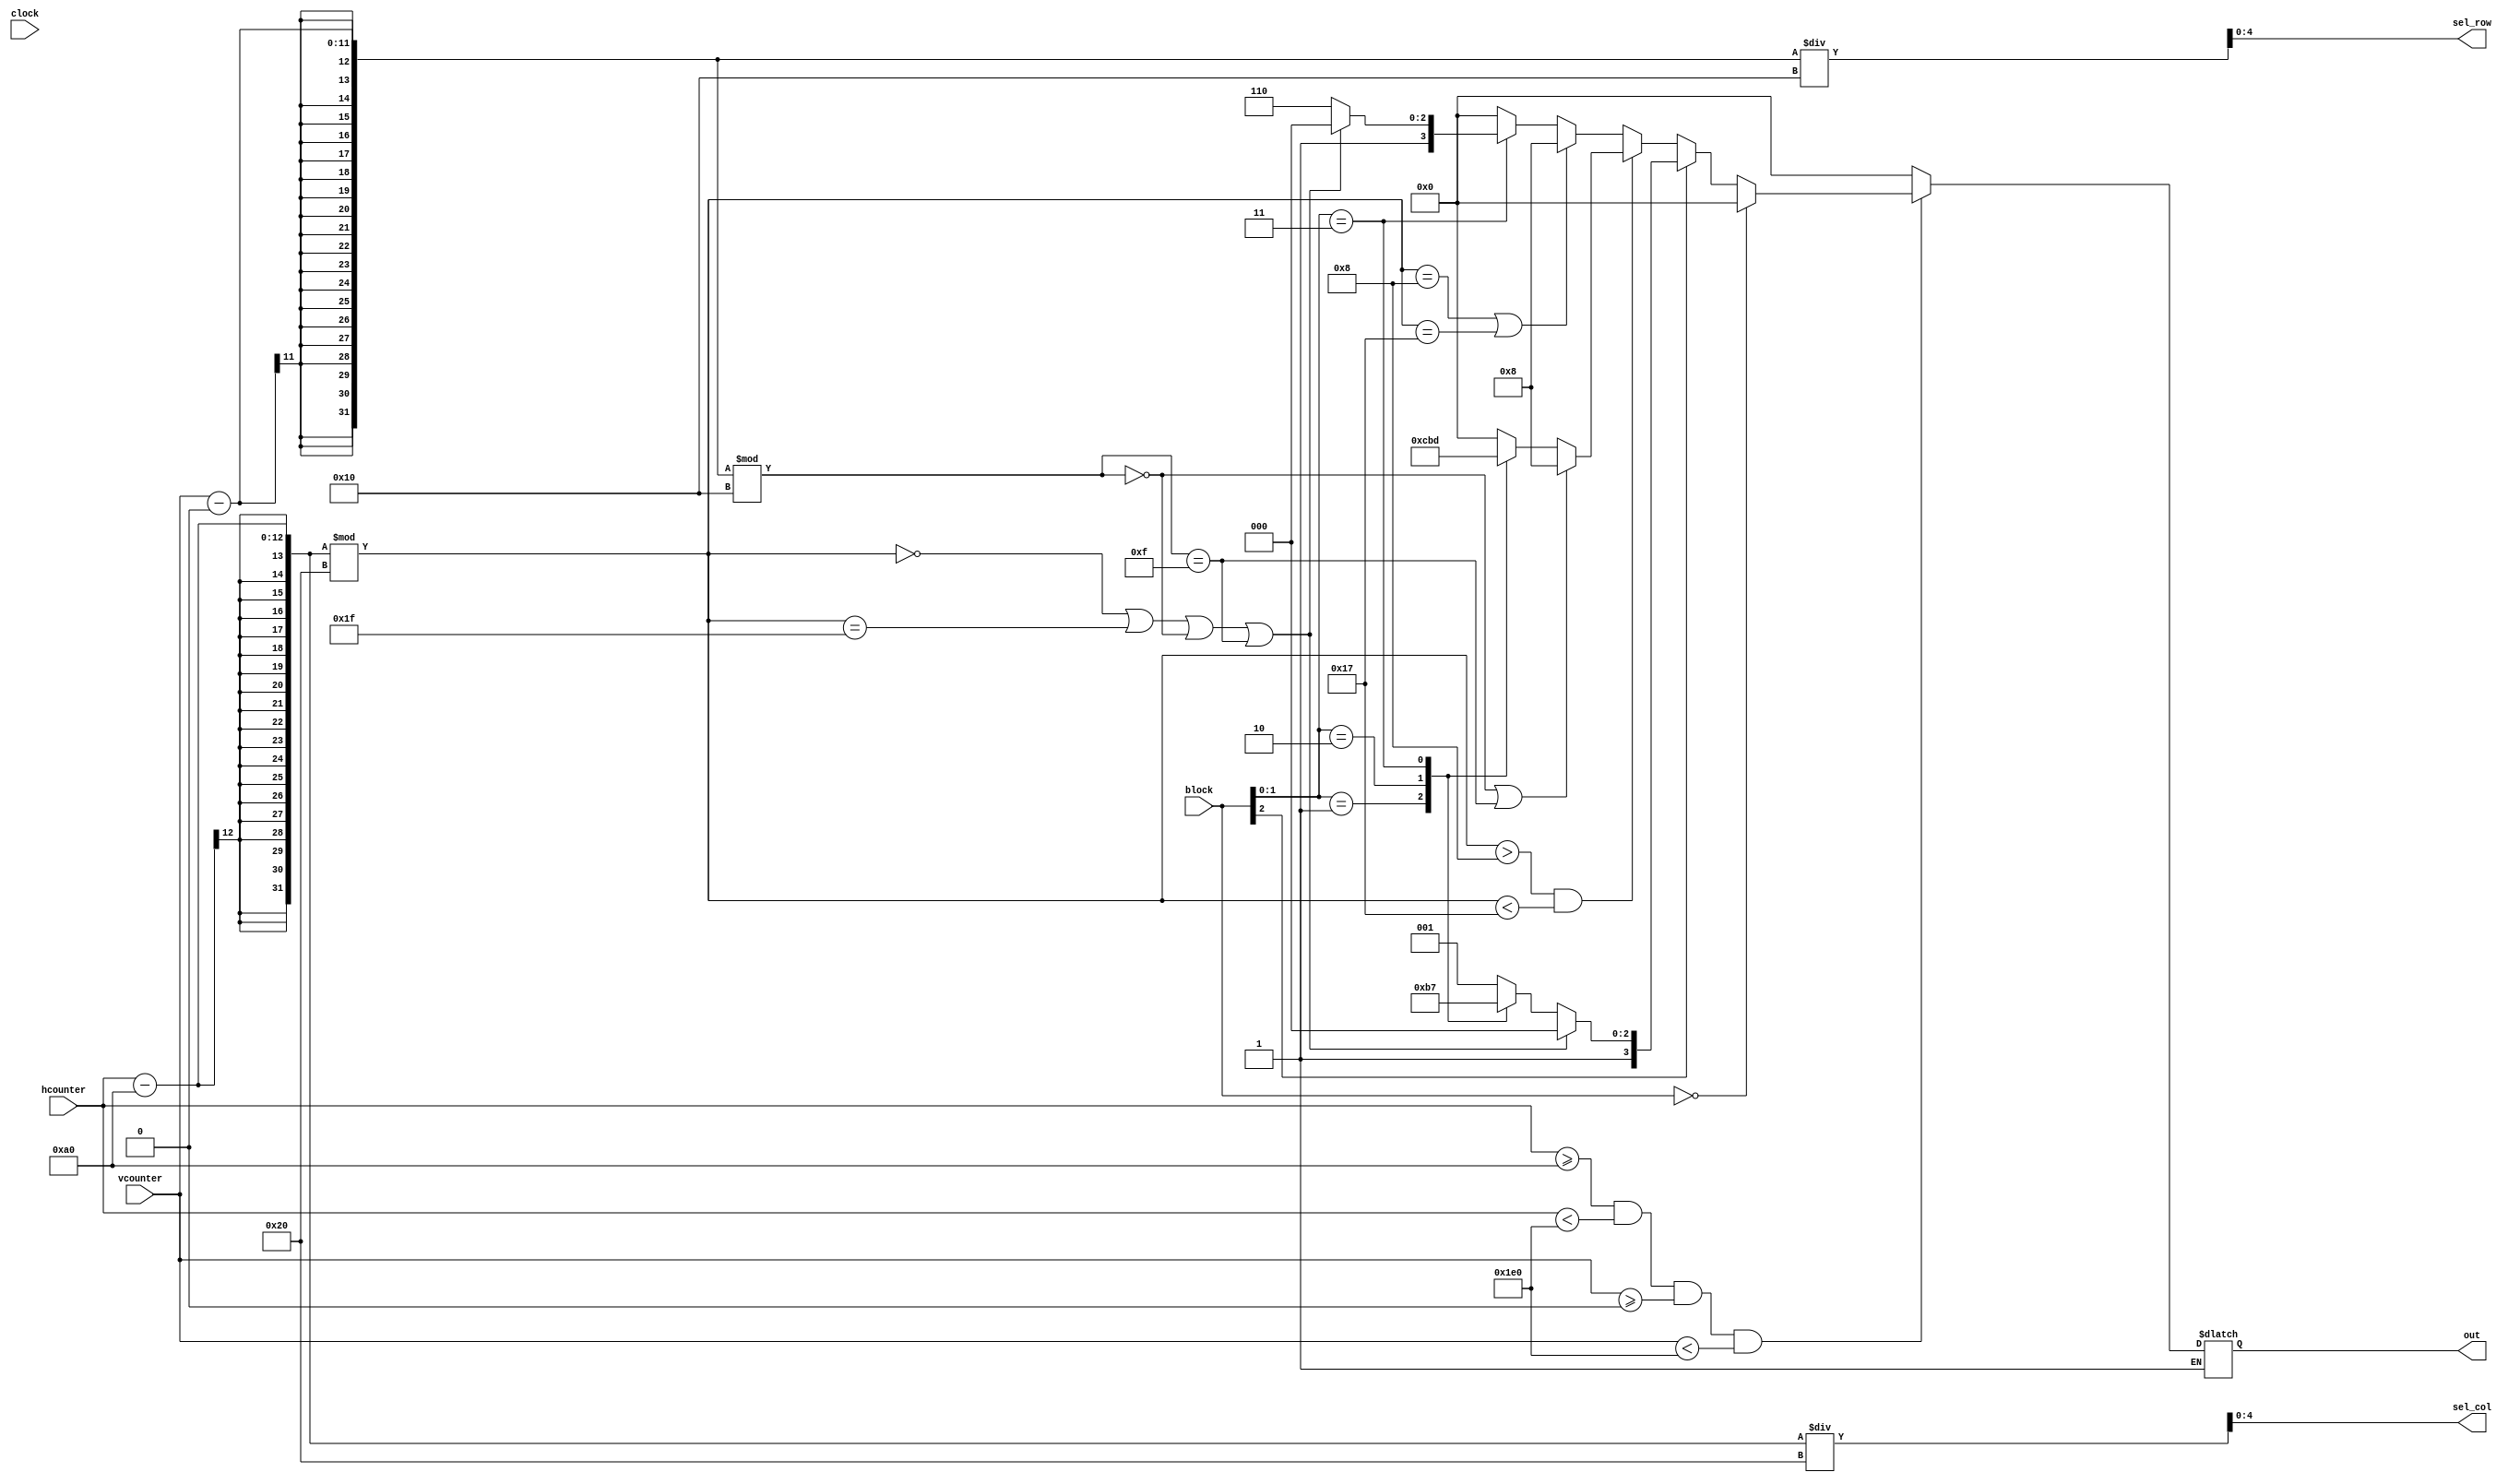
module draw_block(
	input clock,
	input [10:0] vcounter,
	input [11:0] hcounter,
	input [2:0] block,
	output [4:0] sel_row, sel_col,
	output reg [3:0] out
);

parameter LEFT = 160;
parameter TOP = 0;
parameter MAXX = 320;
parameter MAXY = 480;

wire range;
assign range = hcounter >= LEFT && hcounter < LEFT+MAXX && vcounter >= TOP && vcounter < TOP+MAXY;

assign sel_col = (hcounter-LEFT)/32;
assign sel_row = (vcounter-TOP)/16;

reg rev;
always @(posedge clock)
	rev <= ~rev;


always @(*)
begin
	if (range) begin 
		if (block == 3'b000)
			out = 4'b0000; 
		else if(~block[2]) begin : tenmulten //16*16 block here
			integer i, j;                                             
			i = (hcounter-LEFT)%32;
			j = (vcounter-TOP)%16;

			if (i>8 && i<23) begin
				if (j==0 || j==15) out = 4'b1000;
				// color of block body
				// determine the color
				// -----------------------------------------------
				else case (block[1:0])
					2'b00: out = 4'b0000; //<-- block=3'b000 --> impossible to happen here
					2'b01: out = 4'b1100; //red
					2'b10: out = 4'b1011; //green+blue
					2'b11: out = 4'b1101; //pink
				endcase
				//-----------------------------------------------
			end else if (i==8 || i==23)
				out = 4'b1000; 
			else case(block[1:0])
				2'b11:	if(i==0 || i==31 || j==0 || j==15) out = 4'b1000;
					else out = 4'b1110; //yellow
				default:out = 4'b0000;
			endcase	
			
		end else if (block[2]) begin : twentymulten //32*16 block here
			integer i,j;
			i = (hcounter-LEFT)%32;
			j = (vcounter-TOP)%16;
			//draw line of 20*10
			if (i==0 || i==31 || j==0 || j==15) out = 4'b1000;
			//color of block body
			//determine the color

			//------------------------------------------------------
			else begin
				case (block[1:0])
					2'b00: out = 4'b1001; //blue
					2'b01: out = 4'b1010; //green
					2'b10: out = 4'b1110; //yellow
					2'b11: out = 4'b1111 /*: 4'b1000*/; //white?!
				endcase
			end
			//------------------------------------------------------
		end
	end else
		out = 4'b0000;
end
endmodule